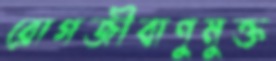
রোগজীবাণুমুক্ত